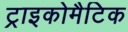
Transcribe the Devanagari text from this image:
ट्राइकोमैटिक